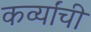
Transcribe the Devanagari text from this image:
कर्व्यांची